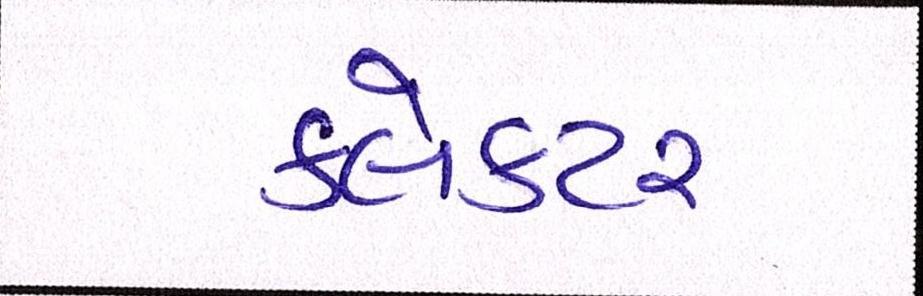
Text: ક્લેક્ટર